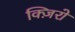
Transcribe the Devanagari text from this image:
क्ज़िरो